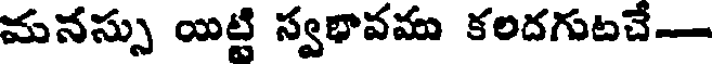
మనస్సు యిట్టి స్వభావము కలదగుటచే-